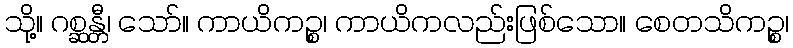
သို့။ ဂစ္ဆန္တီ၊ သော်။ ကာယိကဉ္စ၊ ကာယိကလည်းဖြစ်သော။ စေတသိကဉ္စ၊